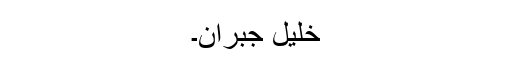
خلیل جبران۔